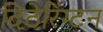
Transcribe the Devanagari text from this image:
दिठेरिंग्टन